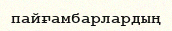
пайғамбарлардың